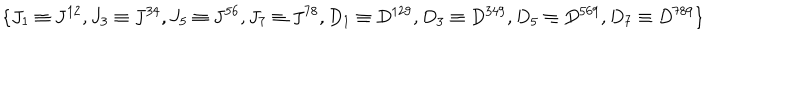
LaTeX: \{ J _ { 1 } \equiv J ^ { 1 2 } , J _ { 3 } \equiv J ^ { 3 4 } , J _ { 5 } \equiv J ^ { 5 6 } , J _ { 7 } \equiv J ^ { 7 8 } , D _ { 1 } \equiv D ^ { 1 2 9 } , D _ { 3 } \equiv D ^ { 3 4 9 } , D _ { 5 } \equiv D ^ { 5 6 9 } , D _ { 7 } \equiv D ^ { 7 8 9 } \}